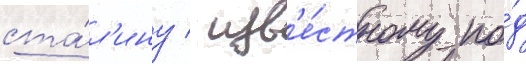
ста́л'ину / изв'е́стному по́д